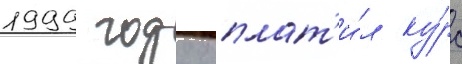
1999 году оплат'и́л ку́рс